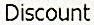
DISCOUNT